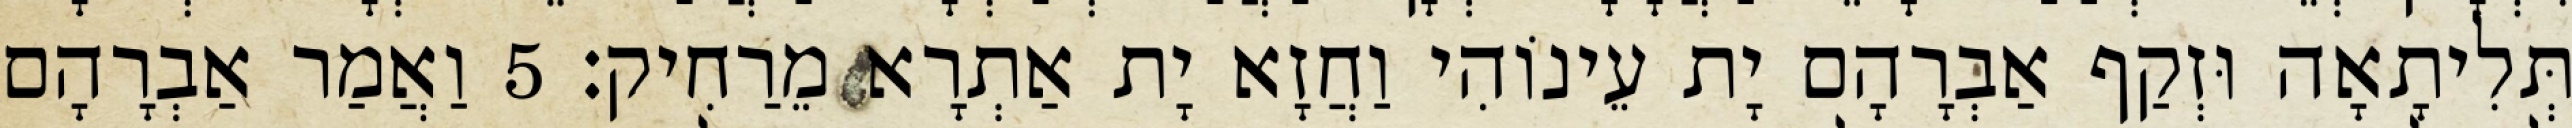
תְּלִיתָאָה וּזְקַף אַבְרָהָם יָת עֵינוֹהִי וַחֲזָא יָת אַתְרָא מֵרַחִיק׃ 5 וַאֲמַר אַבְרָהָם